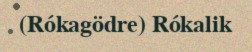
(Rókagödre) Rókalik